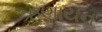
ઋણાયન